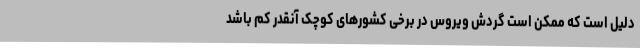
دلیل است که ممکن است گردش ویروس در برخی کشورهای کوچک آنقدر کم باشد